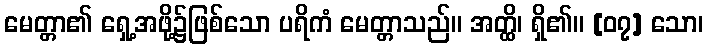
မေတ္တာ၏ ရှေ့အဖို့၌ဖြစ်သော ပရိကံ မေတ္တာသည်။ အတ္ထိ၊ ရှိ၏။ [၀၇] သော၊